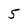
Character: 5